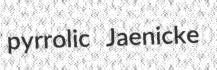
pyrrolic Jaenicke